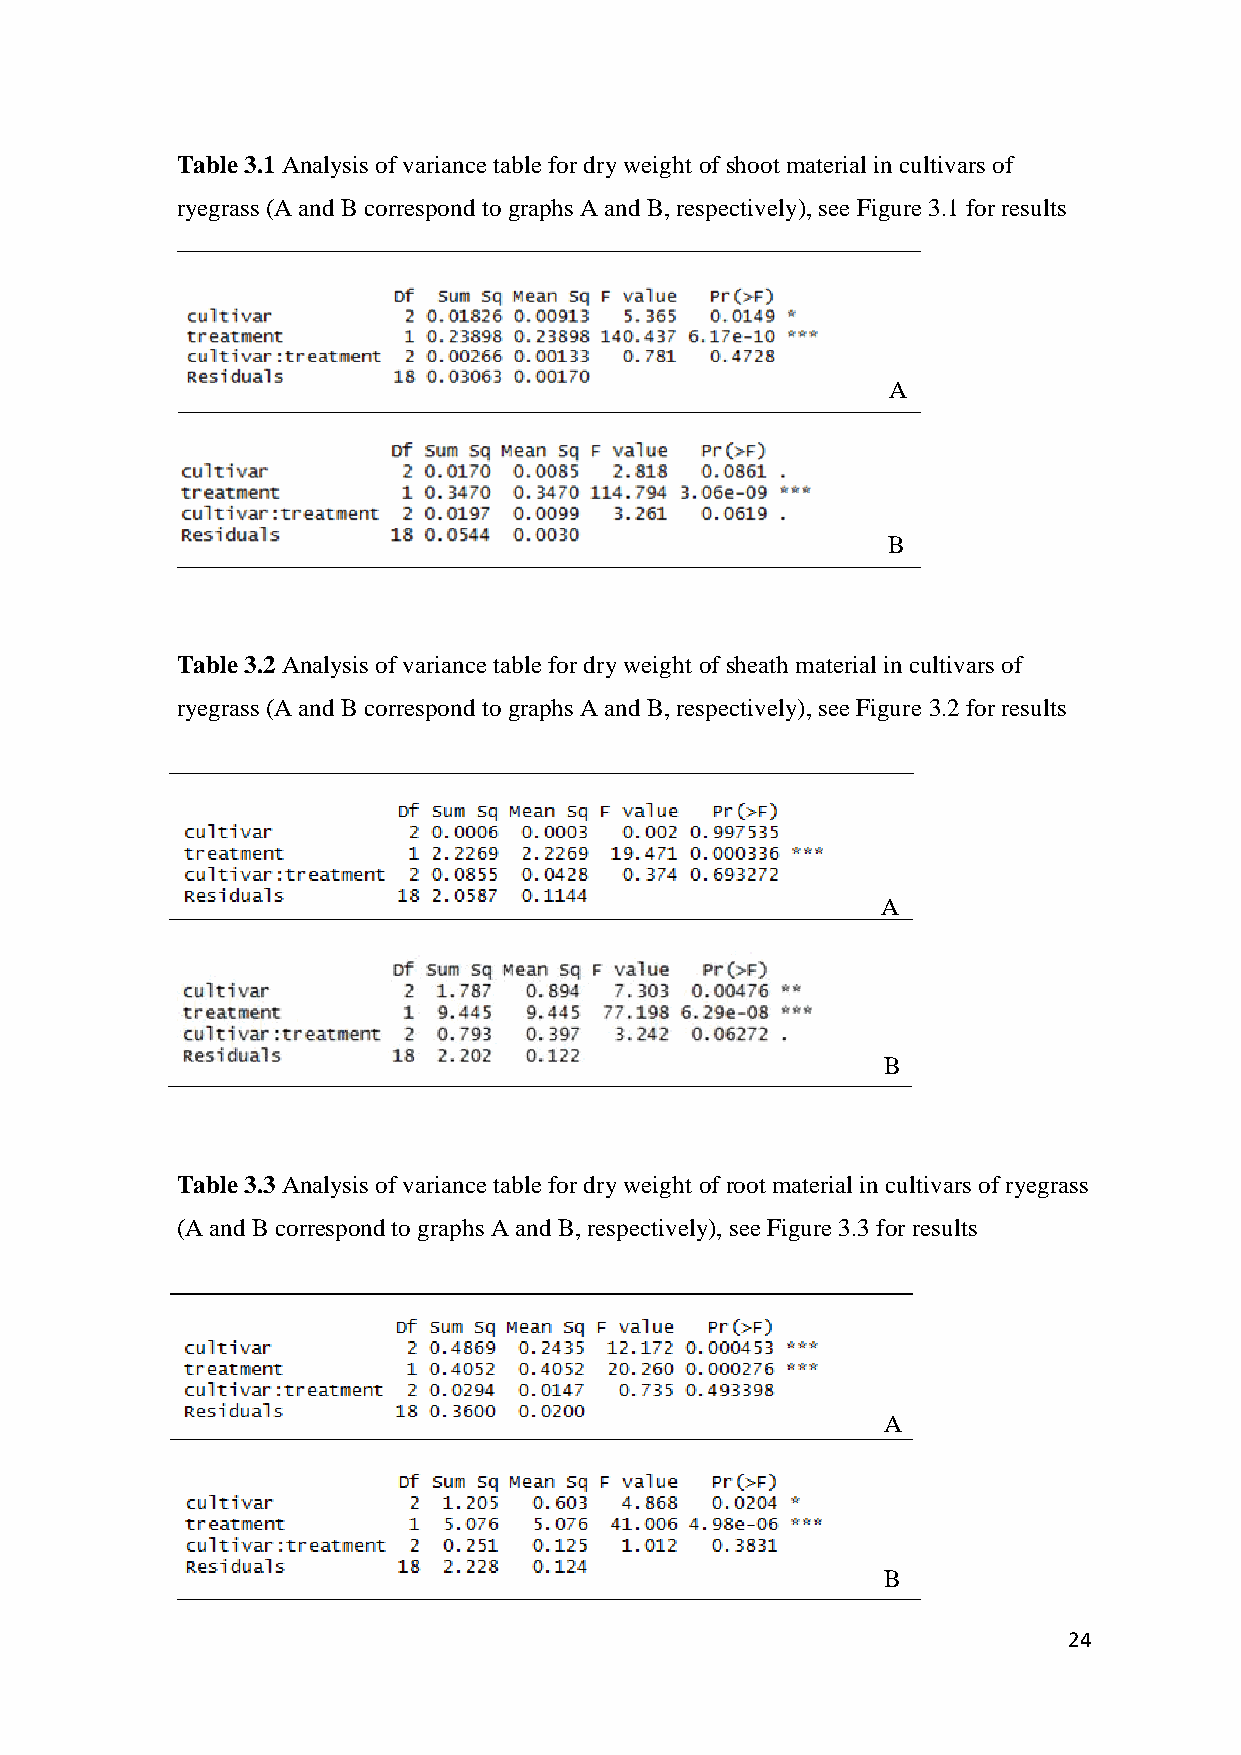
Table 3.1 Analysis of variance table for dry weight of shoot material in cultivars of
 ryegrass (A and B correspond to graphs A and B, respectively), see Figure 3.1 for results
 A
 B
 Table 3.2 Analysis of variance table for dry weight of sheath material in cultivars of
 ryegrass (A and B correspond to graphs A and B, respectively), see Figure 3.2 for results
 A
 B
 Table 3.3 Analysis of variance table for dry weight of root material in cultivars of ryegrass
 (A and B correspond to graphs A and B, respectively), see Figure 3.3 for results
 A
 B
 24